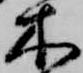
木